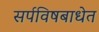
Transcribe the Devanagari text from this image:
सर्पविषबाधेत